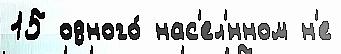
15 одного́ нас'ел'́нном н'е